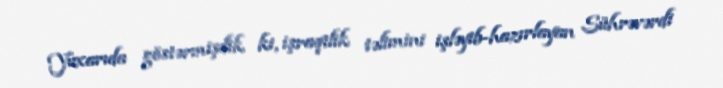
Yuxarıda göstərmişdik ki, işraqilik təlimini işləyib-hazırlayan Sührəvərdi